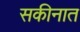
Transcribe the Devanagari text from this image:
सकीनात